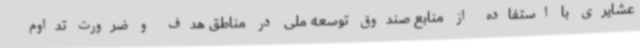
عشایری با استفاده از منابع صندوق توسعه ملی در مناطق هدف و ضرورت تداوم